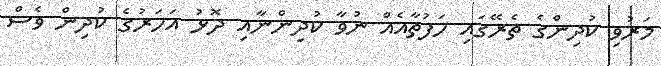
މަރުވި ކުދިންގެ ތެރޭގައި ހަފުތާއެއް ނުވާ ކުދިންނާއި ދޮޅު އަހަރުގެ ކުދިން ވެސް